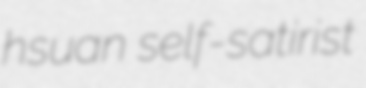
hsuan self-satirist